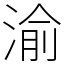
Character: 渝